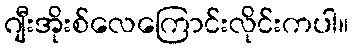
ဂျီးအိုးစ်လေကြောင်းလိုင်းကပါ။